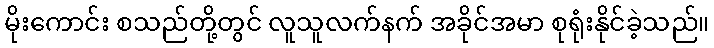
မိုးကောင်း စသည်တို့တွင် လူသူလက်နက် အခိုင်အမာ စုရုံးနိုင်ခဲ့သည်။